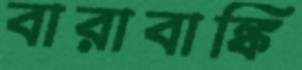
বারাবাঙ্কি